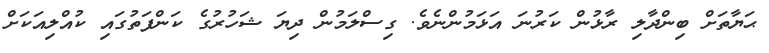
ޙަޔާތަށް ބިންދާލި ރާޅުން ކަރުނަ އަޅަމުންނެވެ. ގިސްލަމުން ދިޔަ ޝަހުރުގެ ކަންފަތުގައި ކުއްލިއަކަށް